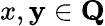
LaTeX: x,\mathbf{y}\in{\textbf{{Q}}}